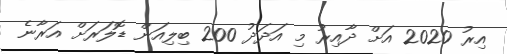
އިރު 2020 އަށް ދާއިރު މި އަދަދު 200 ބިލިއަން ޑޮލަރަށް އަރާނެ